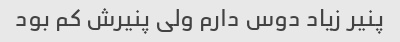
پنیر زیاد دوس دارم ولی پنیرش کم بود